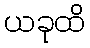
ယခုထိ